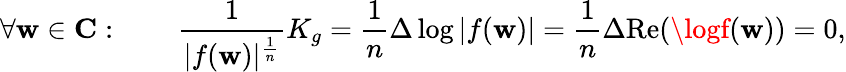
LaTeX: \forall\mathbf{w}\in\mathbf{{C}}:\qquad{\frac{{1}}{{|f(\mathbf{w})|^{\frac{{1}}{{n}}}}}}K_{g}={\frac{{1}}{{n}}}\Delta\log|f(\mathbf{w})|={\frac{{1}}{{n}}}\Delta{\mathrm{{Re}}}(\logf(\mathbf{w}))=0,